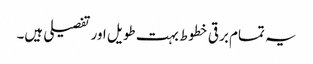
یہ تمام برقی خطوط بہت طویل اور تفصیلی ہیں۔